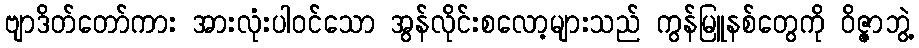
ဗျာဒိတ်တော်ကား အားလုံးပါ၀င်သော အွန်လိုင်းစလော့များသည် ကွန်မြူနစ်တွေကို ဝိဇ္ဇာဘွဲ့